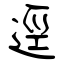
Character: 逕